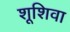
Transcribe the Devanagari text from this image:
शूशिवा